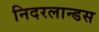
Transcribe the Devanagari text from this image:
निदरलान्डस